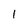
Character: 1